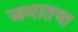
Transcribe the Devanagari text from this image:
जमातचा